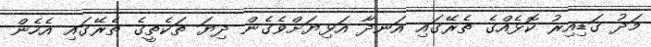
މަދު ގަޑިއިރު ކޮޅެއްގެ ތެރޭގައި އަނދާ އަޅިޔަށްވެގެން ދިޔަ ތަކެތީގެ ތެރޭގައި އެހެން